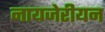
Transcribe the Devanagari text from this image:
नायजेरीयन